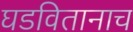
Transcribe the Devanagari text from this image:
घडवितानाच